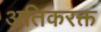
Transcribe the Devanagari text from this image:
अतिकरक्त